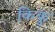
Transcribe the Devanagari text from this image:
किकु